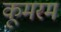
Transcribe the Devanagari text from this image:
कूमरम